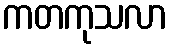
ကတကုသလာ